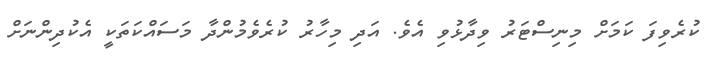
ކުރެވިފަ ކަމަށް މިނިސްޓަރު ވިދާޅުވި އެވެ. އަދި މިހާރު ކުރެވެމުންދާ މަސައްކަތަކީ އެކުދިންނަށް